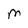
Character: M